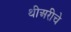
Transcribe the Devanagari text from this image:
थीअरीचे